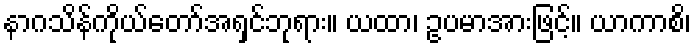
နာဂသိန်ကိုယ်တော်အရှင်ဘုရား။ ယထာ၊ ဥပမာအားဖြင့်။ ယာကာစိ၊